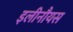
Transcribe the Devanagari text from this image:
इलीनौयस